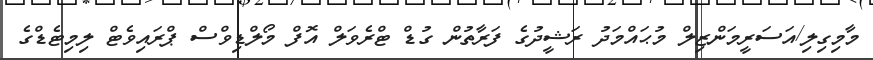
މާމިގިލި/އަސަރީމަންޒިލް މުޙައްމަދު ރަޝީދުގެ ފަރާތުން ގުޑް ޓްރެވަލް އޮފް މޯލްޑިވްސް ޕްރައިވެޓް ލިމިޓެޑްގެ